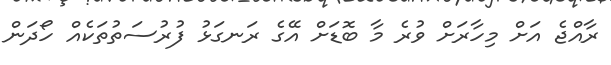
ރާއްޖެ އަށް މިހާރަށް ވުރެ މާ ބޮޑަށް އޭގެ ރަނގަޅު ފުރުސަތުތަކެއް ހޯދަން